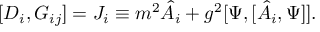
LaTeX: [ D _ { i } , G _ { i j } ] = J _ { i } \equiv m ^ { 2 } \hat { A } _ { i } + g ^ { 2 } [ \Psi , [ \hat { A } _ { i } , \Psi ] ] .